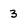
Character: 3